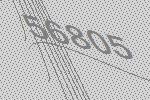
56805